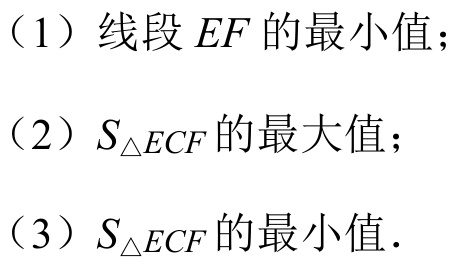
（1）线段 \(EF\) 的最小值；
（2）\(S_{\triangle ECF}\) 的最大值；
（3）\(S_{\triangle ECF}\) 的最小值.